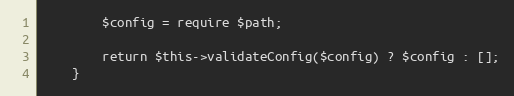
Language: PHP
        $config = require $path;

        return $this->validateConfig($config) ? $config : [];
    }